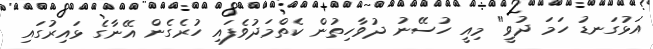
އަޅުގަނޑު ހަމަ ދުވީ" މިއީ ހުސޭނު ދުވާހިތުން ކެތްމަދުވެފައި ހުރެގެން އޭނާގެ ޅައިރުގައި